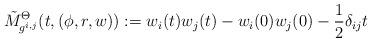
LaTeX: \begin{align*}\tilde{M}^{\Theta}_{g^{i,j}}(t,(\phi, r, w)):=w_{i}(t)w_{j}(t)-w_{i}(0)w_{j}(0)-\frac{1}{2}\delta_{ij}t\end{align*}